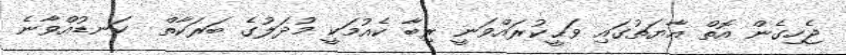
ޖެހިގެން އޮތް އާޔަތުގައި ވަޙީކުރައްވަނީ ރިބާ ކެއުމަކީ މުދަލުގެ ބަރަކާތް  ކަނޑުއްވާނެ